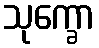
သုက္ခော